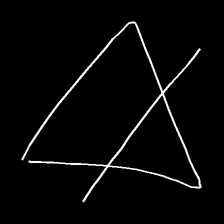
Glyph: empower